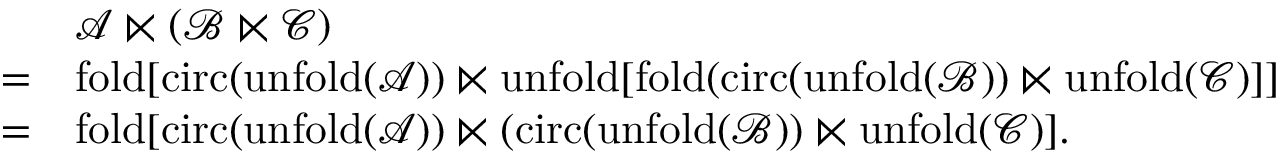
\begin{array} { r l } & { \mathcal { A } \ltimes \left( \mathcal { B } \ltimes \mathcal { C } \right) } \\ { = } & { \mathrm { f o l d } [ \mathrm { c i r c } ( \mathrm { u n f o l d } ( \mathcal { A } ) ) \ltimes \mathrm { u n f o l d } [ \mathrm { f o l d } ( \mathrm { c i r c } ( \mathrm { u n f o l d } ( \mathcal { B } ) ) \ltimes \mathrm { u n f o l d } ( \mathcal { C } ) ] ] } \\ { = } & { \mathrm { f o l d } [ \mathrm { c i r c } ( \mathrm { u n f o l d } ( \mathcal { A } ) ) \ltimes ( \mathrm { \mathrm { c i r c } } ( \mathrm { u n f o l d } ( \mathcal { B } ) ) \ltimes \mathrm { u n f o l d } ( \mathcal { C } ) ] . } \end{array}